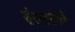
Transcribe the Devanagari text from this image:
संस्कारांकडे